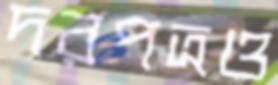
দরপত্রও